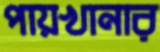
পায়খানার